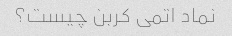
نماد اتمی کربن چیست؟